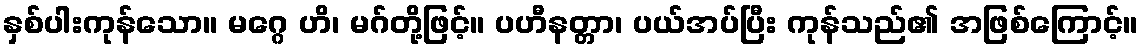
နှစ်ပါးကုန်သော။ မဂ္ဂေ ဟိ၊ မဂ်တို့ဖြင့်။ ပဟီနတ္တာ၊ ပယ်အပ်ပြီး ကုန်သည်၏ အဖြစ်ကြောင့်။